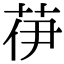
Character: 𦭽